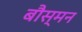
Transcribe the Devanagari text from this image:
बौस्मन